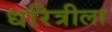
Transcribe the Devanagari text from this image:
धरित्रीला